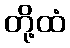
တို့ထံ